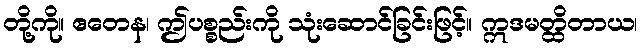
တို့ကို။ ဧတေန၊ ဤပစ္စည်းကို သုံးဆောင်ခြင်းဖြင့်။ ဣဒမတ္ထိတာယ၊